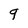
Character: 9